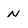
Character: n